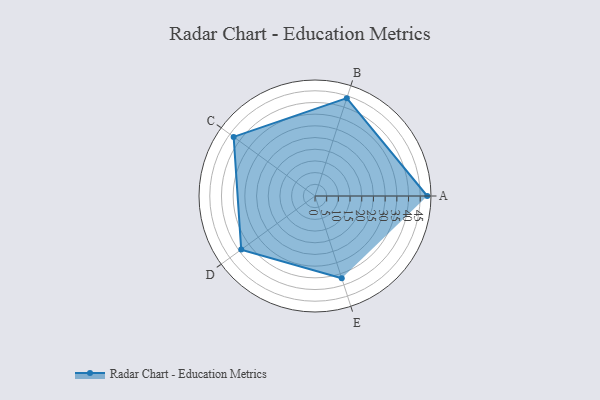
{"axis": {"x": "Skill", "y": "Score"}, "legend": ["Profile"], "data": [{"x": "A", "y": 48.0, "type": "Profile"}, {"x": "B", "y": 44.0, "type": "Profile"}, {"x": "C", "y": 43.0, "type": "Profile"}, {"x": "D", "y": 39.0, "type": "Profile"}, {"x": "E", "y": 37.0, "type": "Profile"}]}